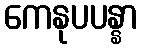
ကေနုပပန္နာ